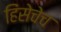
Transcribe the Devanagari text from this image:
हिंसेचेच